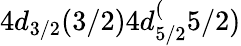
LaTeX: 4d_{3/2}(3/2)4d_{5/2}^{(}5/2)